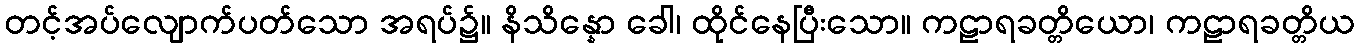
တင့်အပ်လျောက်ပတ်သော အရပ်၌။ နိသိန္နော ခေါ၊ ထိုင်နေပြီးသော။ ကဠာရခတ္တိယော၊ ကဠာရခတ္တိယ